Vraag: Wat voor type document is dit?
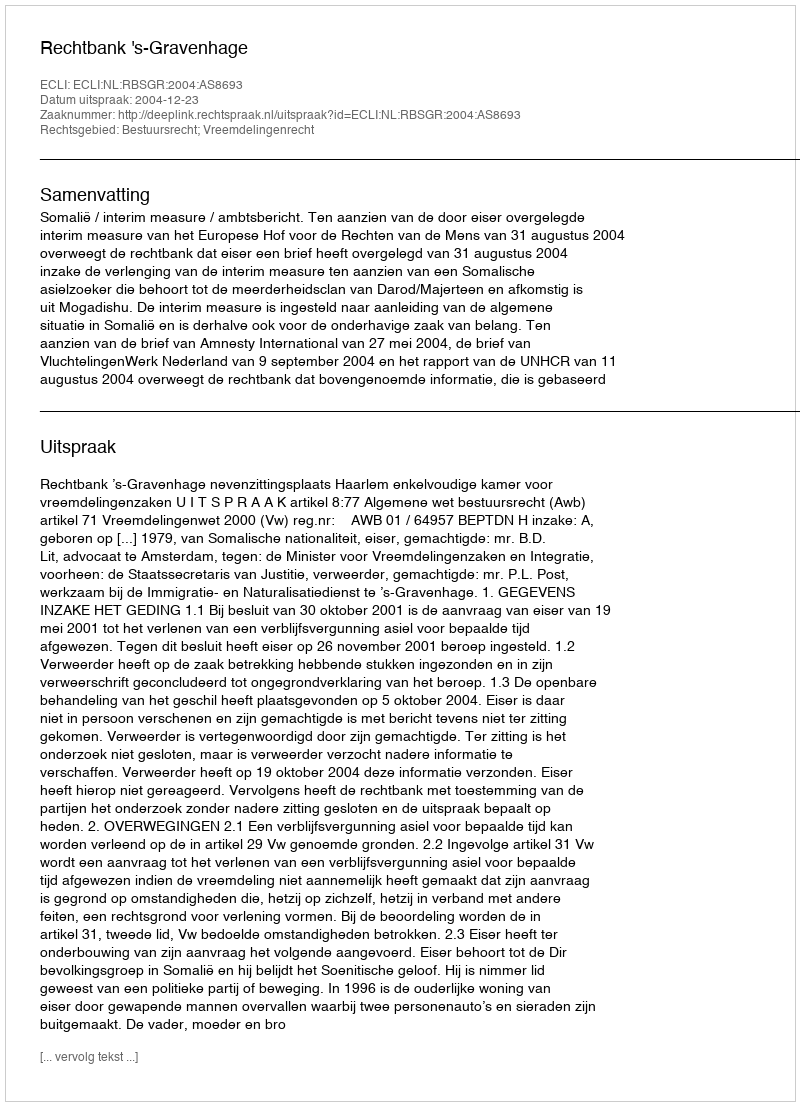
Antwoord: Uitspraak